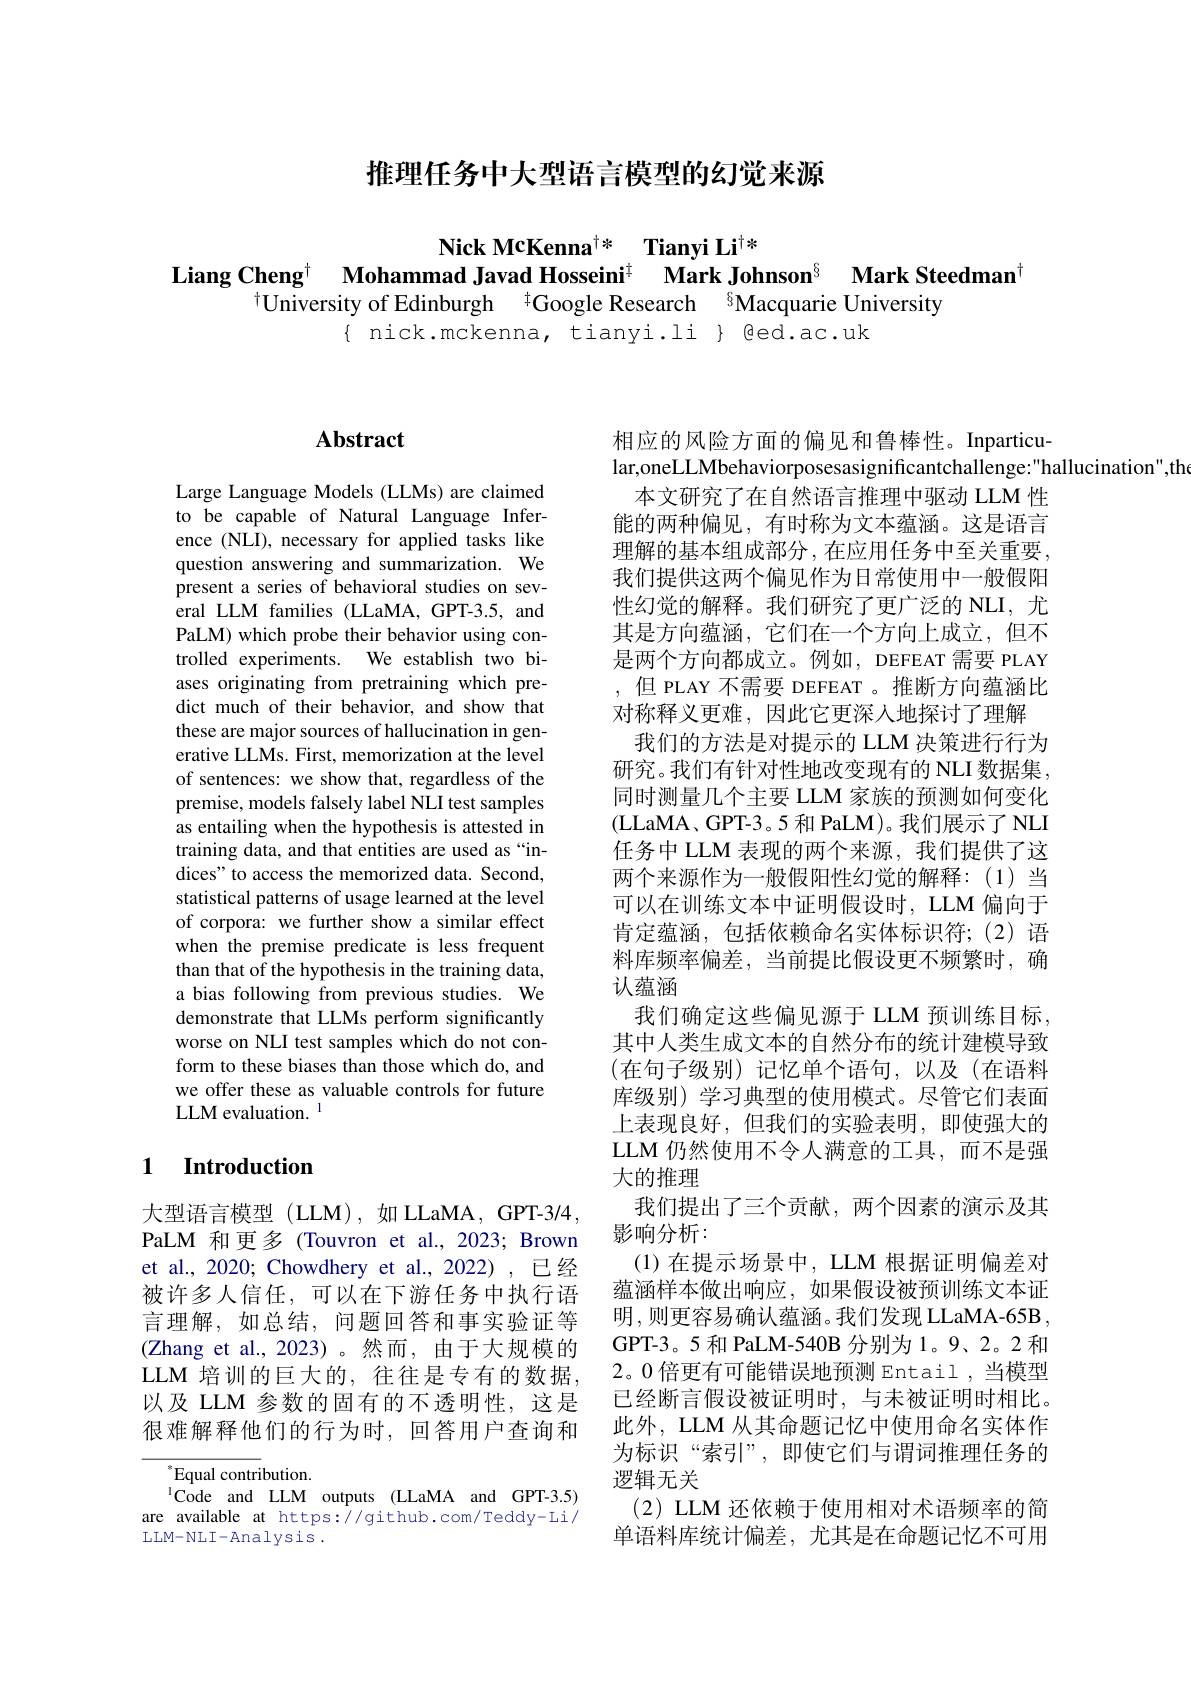
推理任务中大型语言模型的幻觉来源

$\textbf{Nick McKenna}^{\dagger * }$ $\textbf{Tianyi Li}^{\dagger * }$
Liang Cheng$^{\dagger }$ Mohammad Javad Hosseini$^{\dagger }$ Mark Johnson$^{\delta }$ Mark Steedman$^{\dagger}$
$^{\dagger}$University of Edinburgh $^{\dagger}$Google Research $^{6}$Macquarie University
$\{$ nick.mckenna, tianyi.li $\}$ @ed.ac.uk

### $\mathbf{Abstract}$

Large Language Models (LLMs) are claimed to be capable of Natural Language Inference (NLI), necessary for applied tasks like question answering and summarization. We present a series of behavioral studies on several LLM families (LLaMA, GPT-3.5, and PaLM) which probe their behavior using controlled experiments. We establish two biases originating from pretraining which predict much of their behavior, and show that these are major sources of hallucination in generative LLMs. First, memorization at the level of sentences: we show that, regardless of the premise, models falsely label NLI test samples as entailing when the hypothesis is attested in training data, and that entities are used as “indices" to access the memorized data. Second, statistical patterns of usage learned at the level of corpora: we further show a similar effect when the premise predicate is less frequent than that of the hypothesis in the training data, a bias following from previous studies. We demonstrate that LLMs perform significantly worse on NLI test samples which do not conform to these biases than those which do, and we offer these as valuable controls for future LLM evaluation. $^{\mathrm{l}}$

## 1 Introduction

大型语言模型 (LLM),如 LLaMA, GPT-3/4, PaLM 和更多(Touvron et al.,2023; Brown et al., 2020; Chowdhery et al., 2022), 已经被许多人信任，可以在下游任务中执行语言理解，如总结，问题回答和事实验证等(Zhang et al.,2023)。然而，由于大规模的LLM 培训的巨大的，在往是专有的数据， 以及 LLM 参数的固有的不透明性，这是很难解释他们的行为时，回答用户查询和

$^*$Equal contribution.
$^{1}\dot{\mathrm{Code}}$ and LLM outputs (LLaMA and GPT-3.5) are available at https://github.com/Teddy-Li/ LLM-NLI-Analysis.

相应的风险方面的偏见和鲁棒性。Inparticu-
lar,oneLLMbehaviorposesasignificantchallenge:"hallucination",tho
本文研究了在自然语言推理中驱动 LLM 性能的两种偏见，有时称为文本蕴涵。这是语言理解的基本组成部分，在应用任务中至关重要， 我们提供这两个偏见作为日常使用中一般假阳性幻觉的解释。我们研究了更广泛的 NLI, 尤其是方向蕴涵，它们在一个方向上成立，但不是两个方向都成立。例如，DEFEAT 需要 PLAY ,但 PLAY 不需要 DEFEAT 。推断方向蕴涵比对称释义更难，因此它更深人地探讨了理解
我们的方法是对提示的 LLM 决策进行行为研究。我们有针对性地改变现有的 NLI 数据集， 同时测量几个主要 LLM 家族的预测如何变化(LLaMA、GPT-3。5 和 PaLM)。我们展示了 NLI 任务中 LLM 表现的两个来源，我们提供了这两个来源作为一般假阳性幻觉的解释：(1)当可以在训练文本中证明假设时，LLM 偏向于肯定蕴涵，包括依赖命名实体标识符；(2)语料库频率偏差，当前提比假设更不频繁时，确认蕴涵
我们确定这些偏见源于 LLM 预训练目标， 其中人类生成文本的自然分布的统计建模导致(在句子级别)记忆单个语句，以及(在语料库级别) 学习典型的使用模式。尽管它们表面上表现良好，但我们的实验表明，即使强大的LLM 仍然使用不令人满意的工具，而不是强大的推理
我们提出了三个贡献，两个因素的演示及其
影响分析：
(1)在提示场景中，LLM 根据证明偏差对蕴涵样本做出响应，如果假设被预训练文本证明，则更容易确认蕴涵。我们发现 LLaMA-65B , GPT-3。5 和 PaLM-540B 分别为 1。9、2。2 和2。0倍更有可能错误地预测 Entail,当模型已经断言假设被证明时，与未被证明时相比。此外，LLM 从其命题记忆中使用命名实体作为标识“索引”,即使它们与谓词推理任务的逻辑无关
(2) LLM 还依赖于使用相对术语频率的简单语料库统计偏差，尤其是在命题记忆不可用